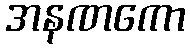
အနဏကော